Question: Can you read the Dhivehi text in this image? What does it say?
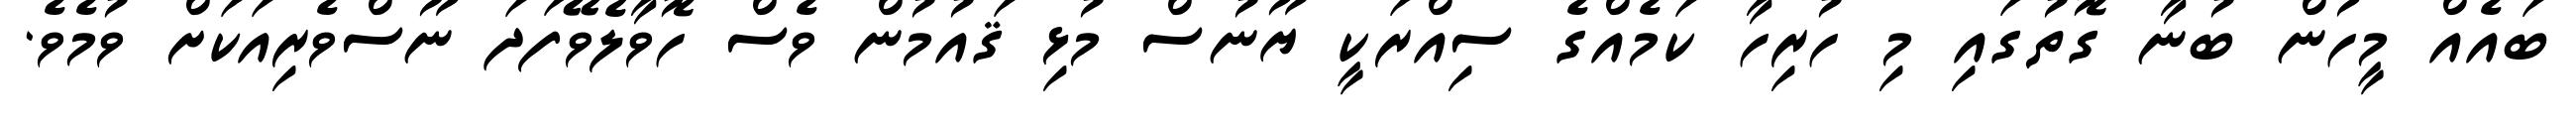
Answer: ބައެއް މީހުން ބުނާ ގޮތުގައި މި ހުރިހާ ކަމެއްގެ ސިއްރަކީ ޔޫނުސް މުޅި ޤައުމުން ވެސް ހޮވާލެވޭފަދަ ނޫސްވެރިއަކަށް ވުމެވެ.